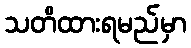
သတိထားရမည်မှာ